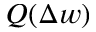
Q ( \Delta w )